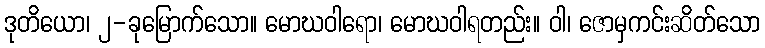
ဒုတိယော၊ ၂-ခုမြောက်သော။ မောဃဝါရော၊ မောဃဝါရတည်း။ ဝါ၊ ဇောမှကင်းဆိတ်သော